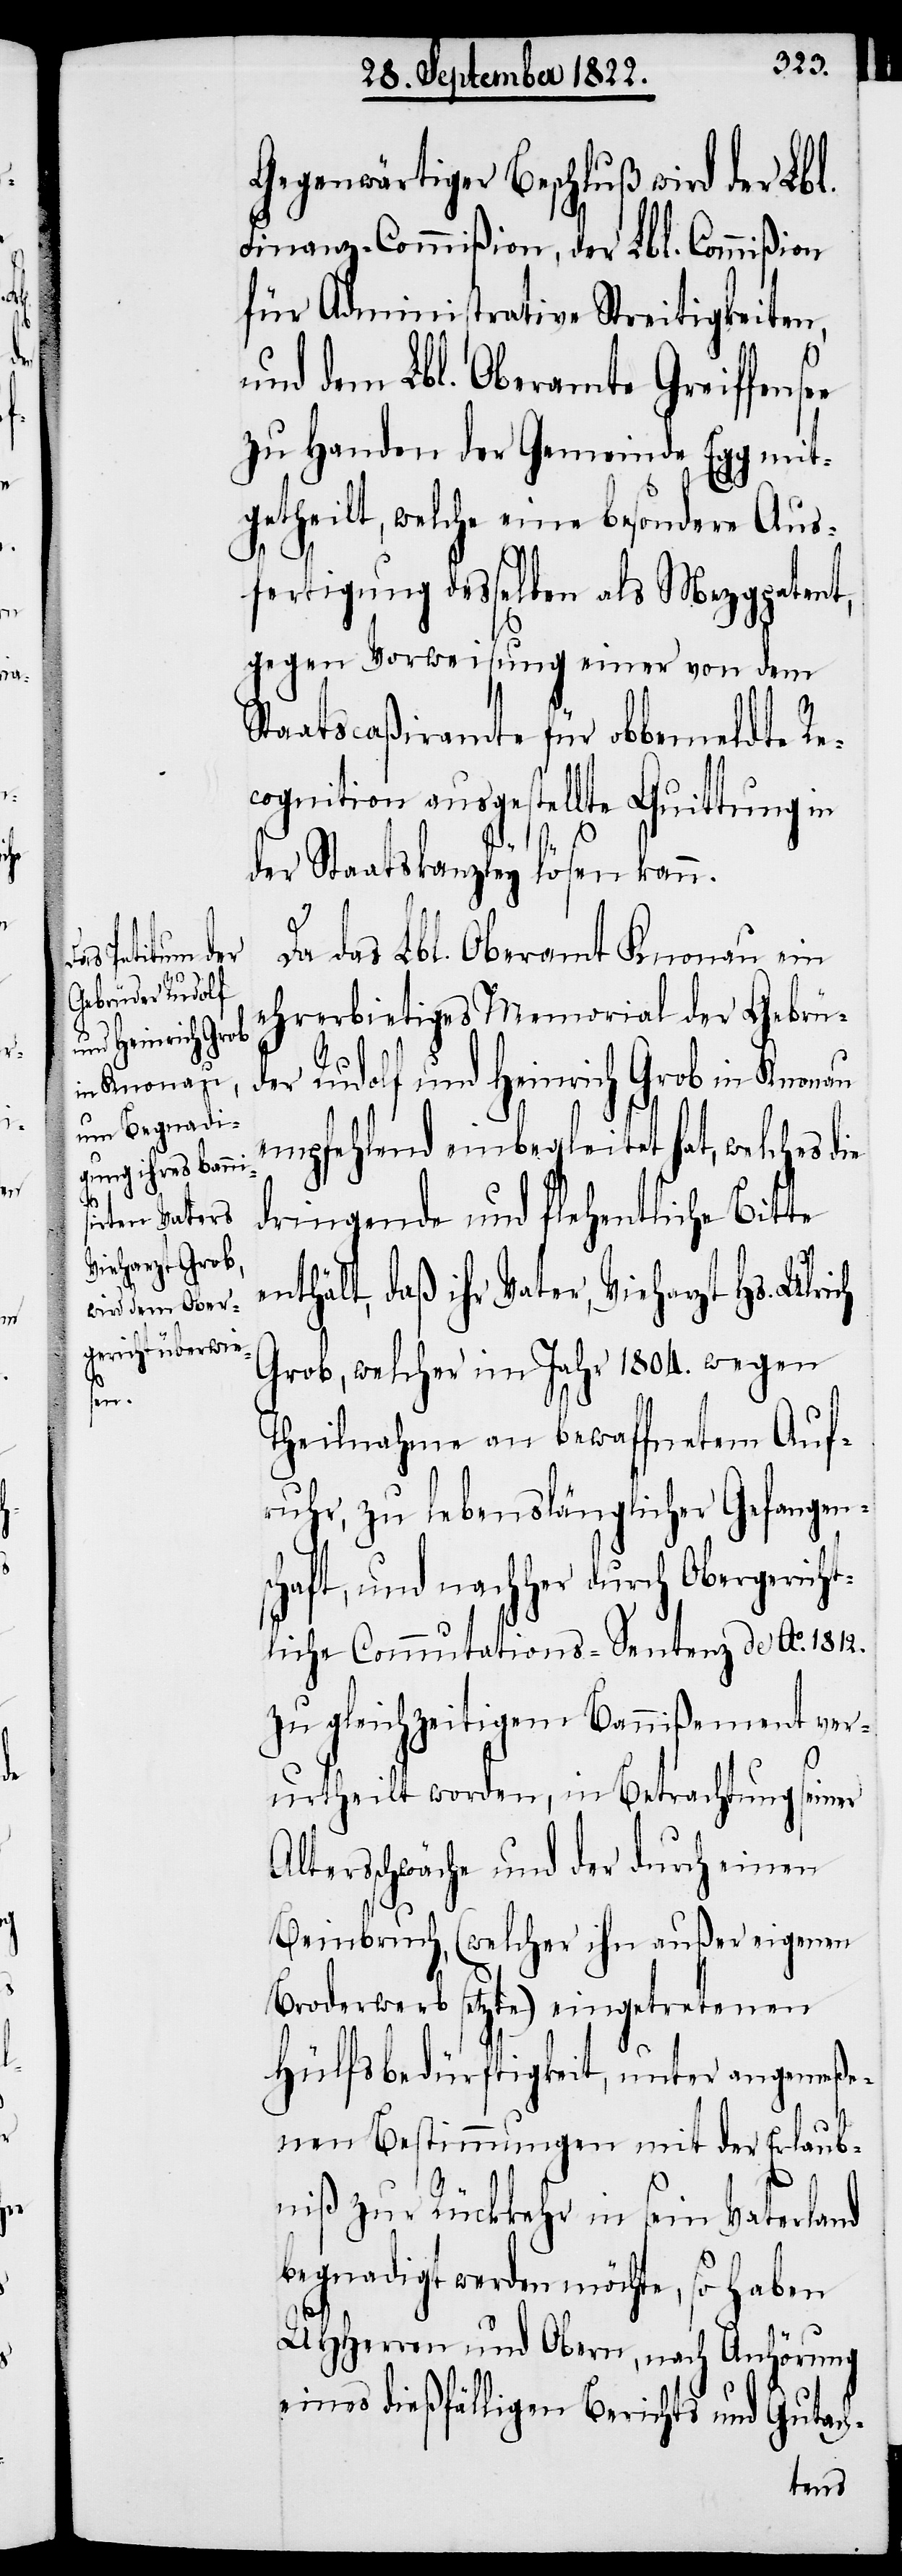
ie

Da das Lbl. Oberamt Knonau ein
ehrerbietiges Memorial der Gebrü¬
der Rudolf und Heinrich Grob in Knonau
empfehlend einbegleitet hat, welches d¬
dringende und flehentliche Bitte
enthält, daß ihr Vater, Vieharzt Hs. Ulrich
Grob, welcher im Jahr 1804. wegen
Theilnahme an bewaffnetem Auf¬
ruhr, zu lebenslänglicher Gefangens¬
chaft, und nachher durch Obergerich¬
tliche Commutations-Setenz de Ao. 1812.
zu gleichzeitigem Bannißement ver¬
urtheilt worden, in Betrachtung seiner
Altersschwäche und der durch einen
Beinbruch, (welcher ihn außer eigenen
Broderwerb setzte) eingetretenen
Hülfsbedürftigkeit, unter angemeße¬
nen Bestimmungen mit der Erlaub¬
niß zur Rückkehr in sein Vaterland
begnadigt werden möchte, so haben
UHHerrn und Obern, nach Anhörung
eines dießfälligen Berichts und Gutach-